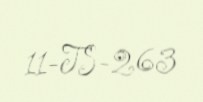
11-TS-263